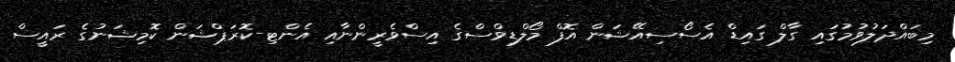
މިބައްދަލުވުމުގައި ގާލް ގައިޑް އެސޯސިއޭޝަން އޮފް މޯލްޑިވްސްގެ އިސްވެރީންނާއި އެންޓި-ކޮރަޕްޝަން ކޮމިޝަނުގެ ރައީސް